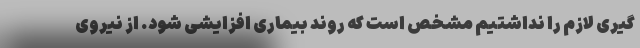
گیری لازم را نداشتیم مشخص است که روند بیماری افزایشی شود. از نیروی